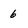
Character: 6